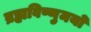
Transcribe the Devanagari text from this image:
ब्रह्मविष्णुमयो